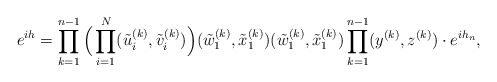
\begin{align*}e^{ih}=\prod_{k=1}^{n-1}\Big(\prod_{i=1}^N(\tilde u_i^{(k)},\tilde v_i^{(k)})\Big) (\tilde w^{(k)}_1,\tilde x^{(k)}_1)(\tilde w^{(k)}_1,\tilde x^{(k)}_1)\prod_{k=1}^{n-1}(y^{(k)},z^{(k)})\cdot e^{ih_n},\end{align*}